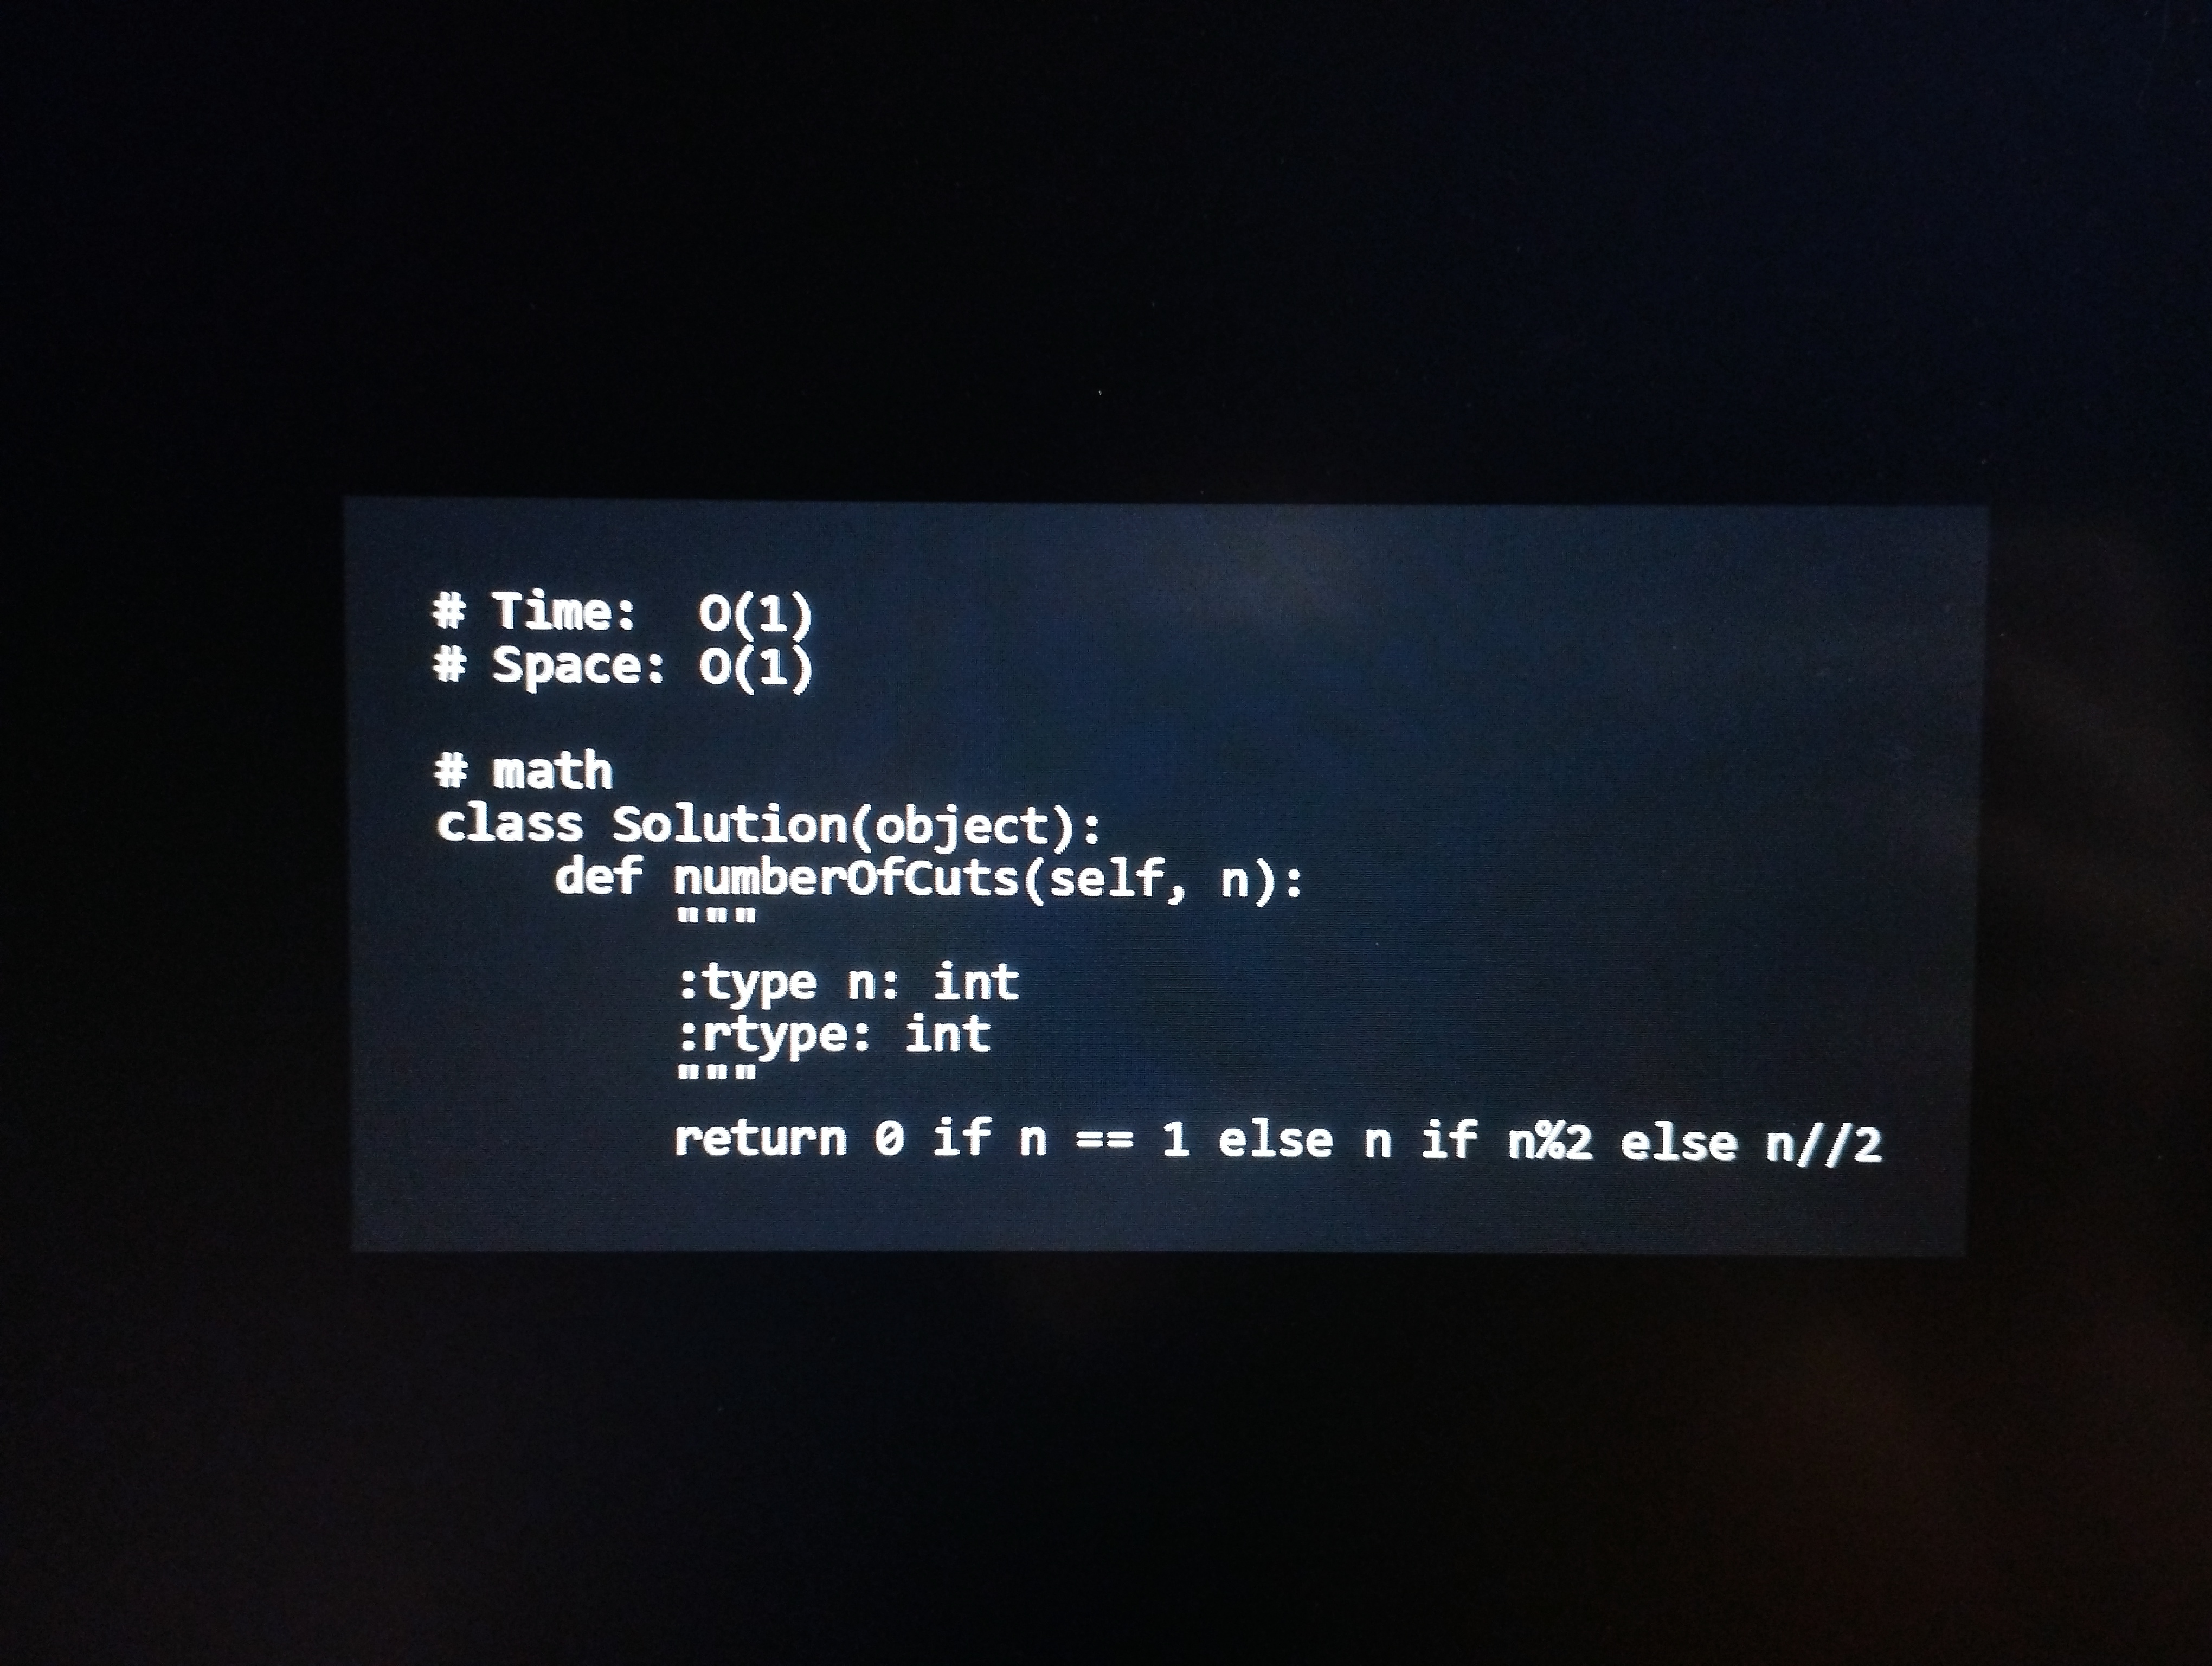
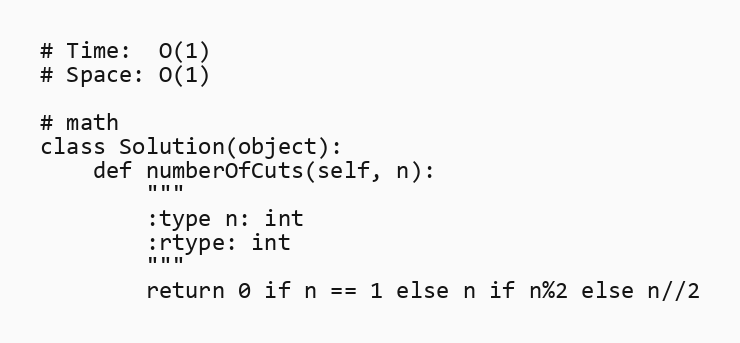
# Time:  O(1)
# Space: O(1)

# math
class Solution(object):
    def numberOfCuts(self, n):
        """
        :type n: int
        :rtype: int
        """
        return 0 if n == 1 else n if n%2 else n//2